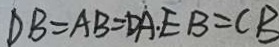
D B = A B = D A . E B = C B